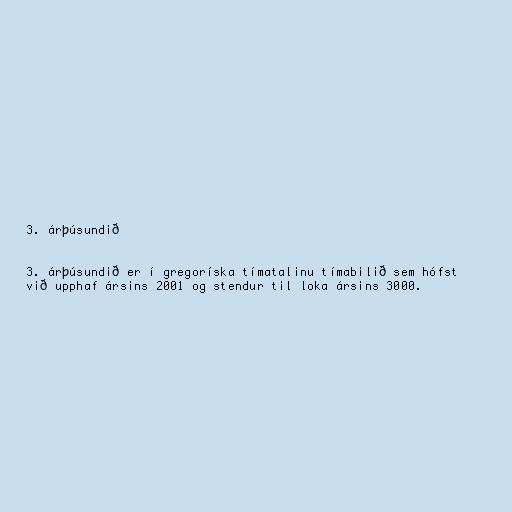
3. árþúsundið

3. árþúsundið er í gregoríska tímatalinu tímabilið sem hófst
við upphaf ársins 2001 og stendur til loka ársins 3000.